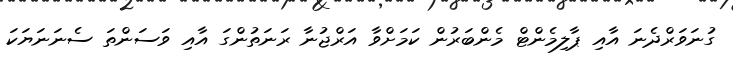
ގުނަވަރްދެނަ އާއި ޕާލިމެންޓް މެންބަރުން ކަމަށްވާ އަރްޖުނާ ރަނަތުންގަ އާއި ވަސަންތަ ސެނަނަޔަކަ